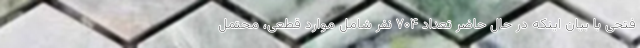
فتحی با بیان اینکه در حال حاضر تعداد ۷۰۴ نفر شامل موارد قطعی، محتمل